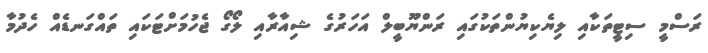
ރަސްމީ ސިޓީތަކާއި ލިޔެކިޔުންތަކުގައި ރަންޔޫބީލް އަހަރުގެ ޝިއާރާއި ލޯގޯ ޖެހުމަށްޓަކައި ތައްގަނޑެއް ހެދުމާ